Madras plague regulations and rules - Volume 1
Disease focus: Plague
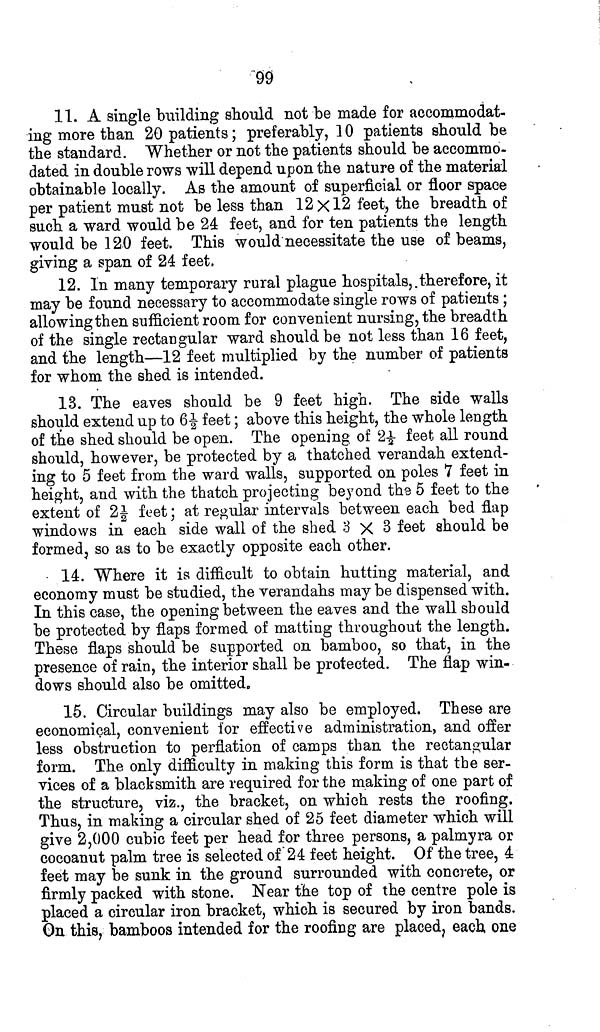
99
11. A single building should not be made for accommodat-
ing more than 20 patients; preferably, 10 patients should be
the standard. Whether or not the patients should be accommo-
dated in double rows will depend upon the nature of the material
obtainable locally. As the amount of superficial or floor space
per patient must not be less than 12 Xl2 feet, the breadth of
such a ward would be 24 feet, and for ten patients the length
would be 120 feet. This would necessitate the use of beams,
giving a span of 24 feet.
12. In many temporary rural plague hospitals, therefore, it
may be found necessary to accommodate single rows of patients;
allowing then sufficient room for convenient nursing, the breadth
of the single rectangular ward should be not less than 16 feet,
and the length—12 feet multiplied by the number of patients
for whom the shed is intended.
13. The eaves should be 9 feet high. The side walls
should extend up to 6½ feet; above this height, the whole length
of the shed should be open. The opening of 2½ feet all round
should, however, be protected by a thatched verandah extend-
ing to 5 feet from the ward walls, supported on poles 7 feet in
height, and with the thatch projecting beyond the 5 feet to the
extent of 2½ feet; at regular intervals between each bed flap
windows in each side wall of the shed 3 X 3 feet should be
formed, so as to be exactly opposite each other.
14. Where it is difficult to obtain hutting material, and
economy must be studied, the verandahs may be dispensed with.
In this case, the opening between the eaves and the wall should
be protected by flaps formed of matting throughout the length.
These flaps should be supported on bamboo, so that, in the
presence of rain, the interior shall be protected. The flap win-
dows should also be omitted.
15. Circular buildings may also be employed. These are
economical, convenient for effective administration, and offer
less obstruction to perflation of camps than the rectangular
form. The only difficulty in making this form is that the ser-
vices of a blacksmith are required for the making of one part of
the structure, viz., the bracket, on which rests the roofing.
Thus, in making a circular shed of 25 feet diameter which will
give 2,000 cubic feet per head for three persons, a palmyra or
cocoanut palm tree is selected of 24 feet height. Of the tree, 4
feet may be sunk in the ground surrounded with concrete, or
firmly packed with stone. Near the top of the centre pole is
placed a circular iron bracket, which is secured by iron bands.
On this, bamboos intended for the roofing are placed, each one